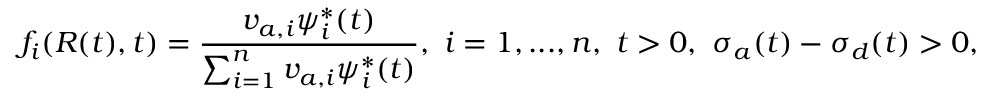
f _ { i } ( R ( t ) , t ) = \frac { v _ { a , i } \psi _ { i } ^ { * } ( t ) } { \sum _ { i = 1 } ^ { n } v _ { a , i } \psi _ { i } ^ { * } ( t ) } , \ i = 1 , . . . , n , \ t > 0 , \ \sigma _ { a } ( t ) - \sigma _ { d } ( t ) > 0 ,